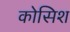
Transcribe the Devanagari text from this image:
कोसिश